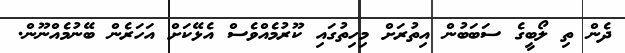
ދެން ތި ލޯބީގެ ސަބަބުން އިތުރަށް މިހިތުގައި ކޫރުމެއްވެސް އެޅޭކަށް އަހަރެން ބޭނުމެއްނޫން.